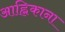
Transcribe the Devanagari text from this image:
आह्निकाना